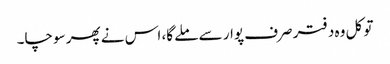
تو کل وہ دفتر صرف پوار سے ملے گا، اس نے پھر سوچا۔